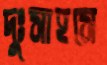
দুঃসাহসে